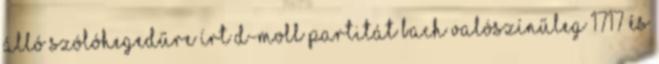
álló szólóhegedűre írt d-moll Partitát Bach valószínűleg 1717 és